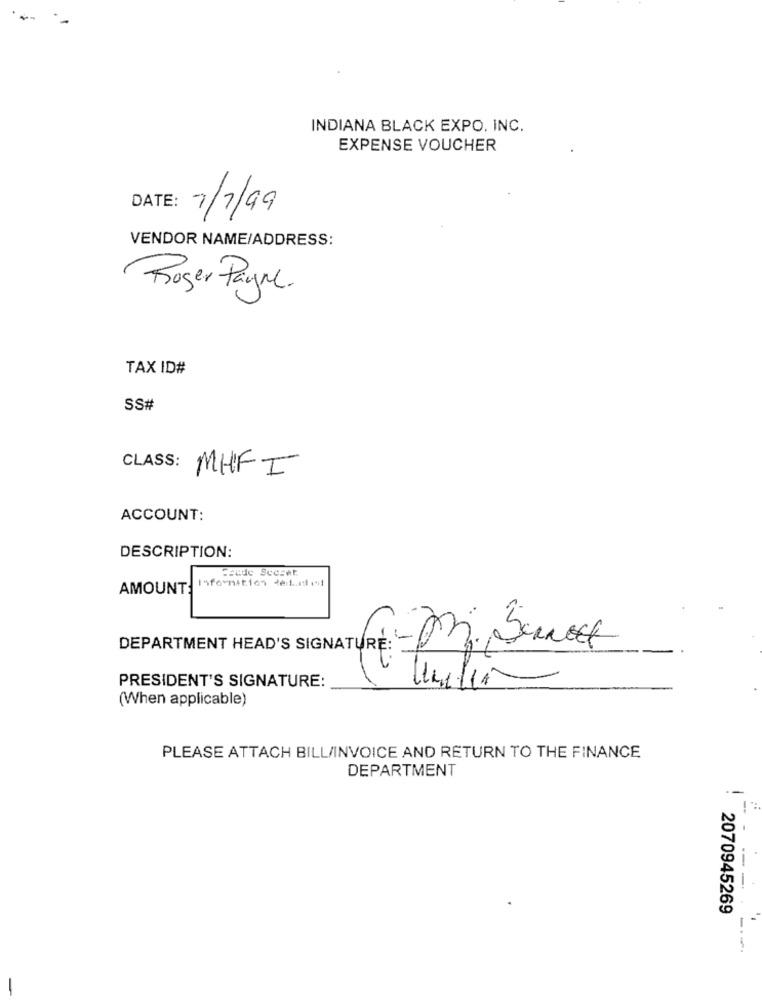
INDIANA BLACK EXPO. INC.
EXPENSE VOUCHER
DATE: 7/7/99
VENDOR NAME/ADDRESS:
Roger Payne.
TAX ID#
SS#
CLASS:
MHFI
ACCOUNT:
DESCRIPTION:
Feude Seeset
AMOUNT: Information tetelet
DEPARTMENT HEAD'S SIGNATURE: Mi Servede
PRESIDENT'S SIGNATURE:
(When applicable)
PLEASE ATTACH BILL/INVOICE AND RETURN TO THE FINANCE
DEPARTMENT
-
--
: 2070945269
---
-